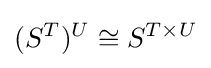
(S^{T})^{U}\cong S^{T\times U}